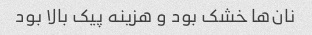
نان‌ها خشک بود و هزینه پیک بالا بود